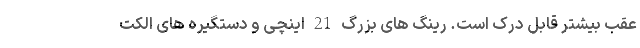
عقب بیشتر قابل درک است. رینگ های بزرگ 21 اینچی و دستگیره های الکت